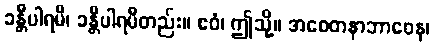
ခန္တီပါရမီ၊ ခန္တီပါရမီတည်း။ ဧဝံ၊ ဤသို့။ အစေတနာဘာဝေန၊